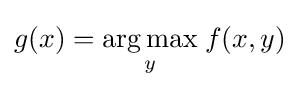
g(x)={\underset {y}{\arg \max }}\;f(x,y)